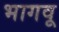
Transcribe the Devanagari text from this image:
भागवू